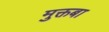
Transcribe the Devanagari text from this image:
मुक्तबा